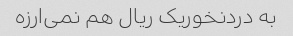
به دردنخوریک ریال هم نمی‌ارزه